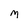
Character: M